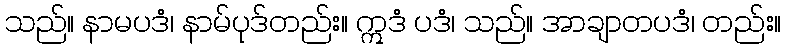
သည်။ နာမပဒံ၊ နာမ်ပုဒ်တည်း။ ဣဒံ ပဒံ၊ သည်။ အာချာတပဒံ၊ တည်း။